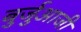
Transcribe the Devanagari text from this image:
बुर्जुआजी